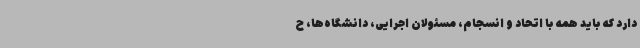
دارد که باید همه با اتحاد و انسجام، مسئولان اجرایی، دانشگاه‌ها، ح